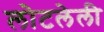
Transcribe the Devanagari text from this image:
लोटलेली